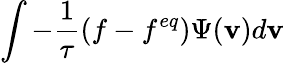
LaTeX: \int-\frac{1}{\tau}(f-f^{eq})\Psi(\mathbf{v})d\mathbf{v}